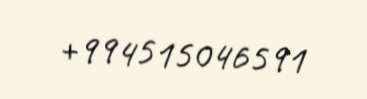
+994515046591